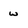
Character: w